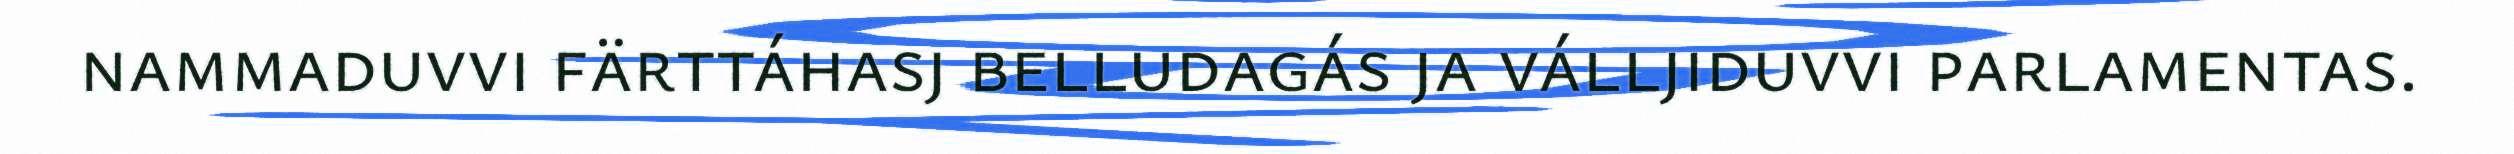
nammaduvvi färttáhasj belludagás ja válljiduvvi parlamentas.